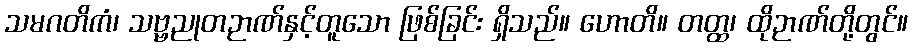
သမဂတိကံ၊ သဗ္ဗညုတဉာဏ်နှင့်တူသော ဖြစ်ခြင်း ရှိသည်။ ဟောတိ။ တတ္ထ၊ ထိုဉာဏ်တို့တွင်။